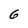
Character: 6